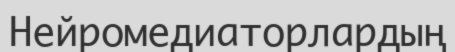
Нейромедиаторлардың